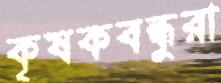
কৃষকবন্ধুরা